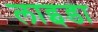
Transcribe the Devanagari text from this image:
लाइडा